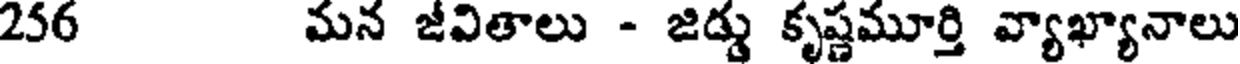
256 మన జీవితాలు - జిడ్డు కృష్ణమూర్తి వ్యాఖ్యానాలు